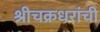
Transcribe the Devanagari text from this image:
श्रीचक्रधरांची